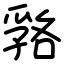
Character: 嗠